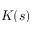
K ( s )